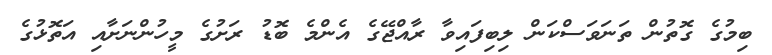
ބިމުގެ ގޮތުން ތަނަވަސްކަން ލިބިފައިވާ ރާއްޖޭގެ އެންމެ ބޮޑު ރަށުގެ މީހުންނަށާއި އަތޮޅުގެ